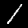
Label: 1